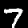
Label: 7